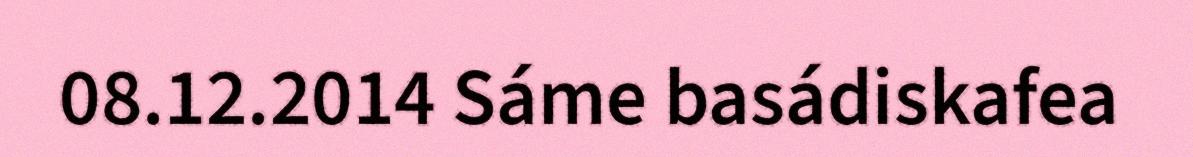
08.12.2014 Sáme basádiskafea